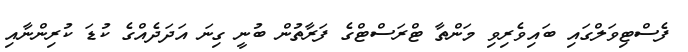
ފެސްޓިވަލްގައި ބައިވެރިވި މަންތާ ޓްރަސްޓްގެ ފަރާތުން ބުނީ ގިނަ އަދަދެއްގެ ކުޑަ ކުރިންނާއި